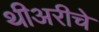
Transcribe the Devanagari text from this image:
थीअरीचे